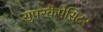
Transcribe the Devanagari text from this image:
सुपरकैपेसिटर